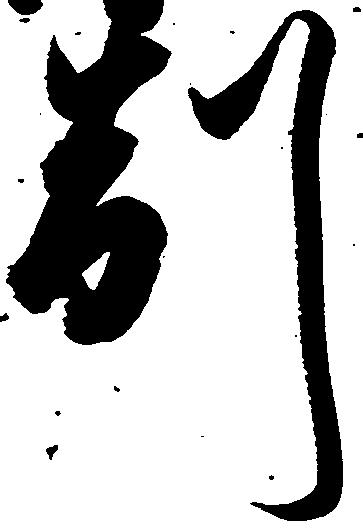
制